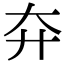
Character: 㚏